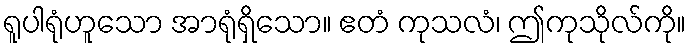
ရူပါရုံဟူသော အာရုံရှိသော။ ဧတံ ကုသလံ၊ ဤကုသိုလ်ကို။